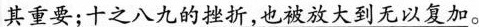
其重要；十之八九的挫折，也被放大到无以复加。